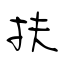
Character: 扶